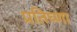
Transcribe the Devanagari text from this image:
प्रतिघ्णा